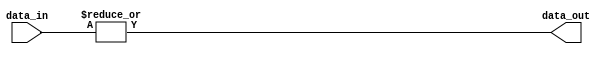
module c_or_nto1
  (data_in, data_out);
   
   // number of inputs
   parameter num_ports = 2;
   
   // width of each input
   parameter width = 1;
   
   // vector of inputs
   input [0:width*num_ports-1] data_in;
   
   // result
   output [0:width-1] data_out;
   wire [0:width-1] data_out;
   
   generate
      
      genvar 	    i;
      for(i = 0; i < width; i = i + 1)
	begin:bit_positions
	   
	   wire [0:num_ports-1] data;
	   
	   genvar 		j;
	   for(j = 0; j < num_ports; j = j + 1)
	     begin:input_ports
		assign data[j] = data_in[j*width+i];
	     end
	   
	   assign data_out[i] = |data;
	   
	end
      
   endgenerate
   
endmodule